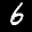
Label: 6